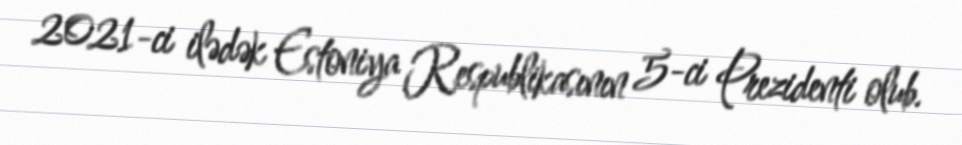
2021-ci ilədək Estoniya Respublikasının 5-ci Prezidenti olub.